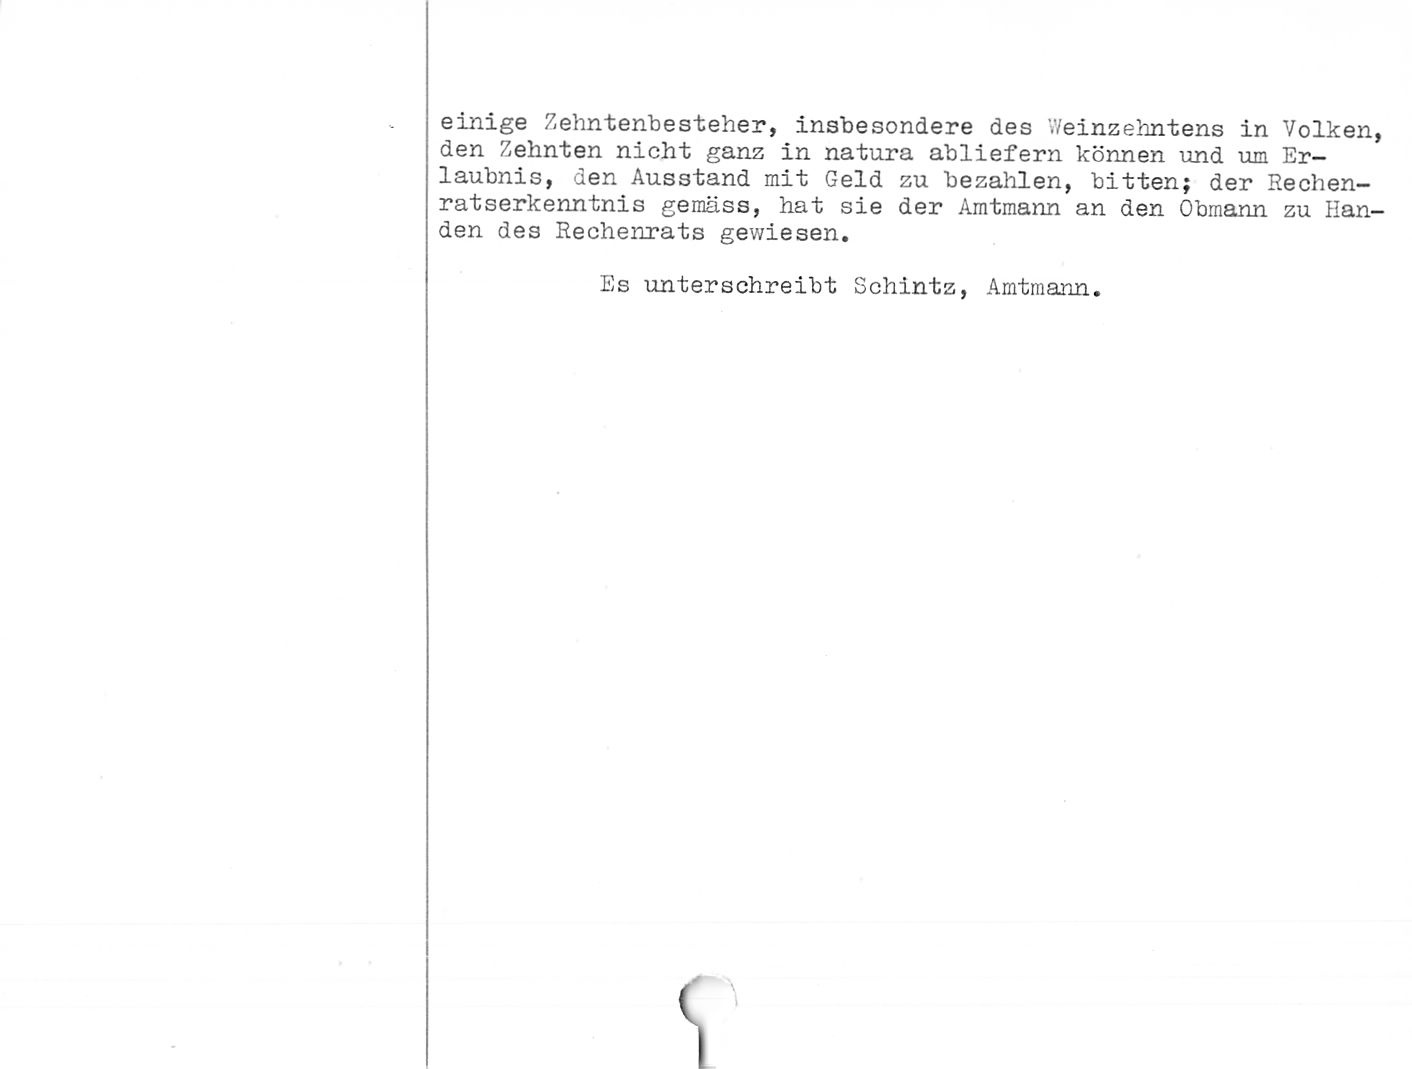
einige Zehntenbesteher, insbesondere des Weinzehntens in Volken,
den Zehnten nicht ganz in natura abliefern können und um Er¬
laubnis, den Ausstand mit Geld zu bezahlen, bitten; der Rechen-
ratserkenntnis gemäss, hat sie der Amtmann an den Obmann zu Hän¬
den des Rechenrats gewiesen.

Es unterschreibt Schintz, Amtmann.